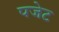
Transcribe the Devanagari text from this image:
पजेट